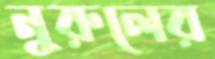
নুরুলের